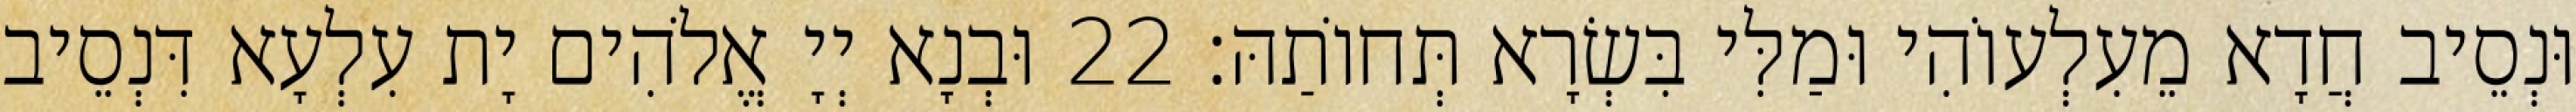
וּנְסֵיב חֲדָא מֵעִלְעוֹהִי וּמַלִּי בִּשְׂרָא תְּחוֹתַהּ׃ 22 וּבְנָא יְיָ אֱלֹהִים יָת עִלְעָא דִּנְסֵיב